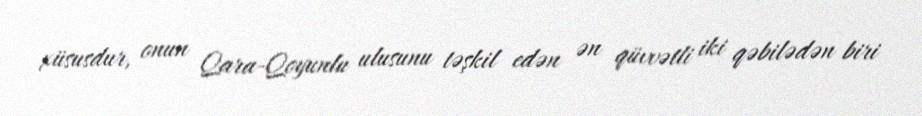
xüsusdur, onun Qara-Qoyunlu ulusunu təşkil edən ən qüvvətli iki qəbilədən biri